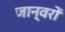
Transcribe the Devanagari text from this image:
जान्वरों